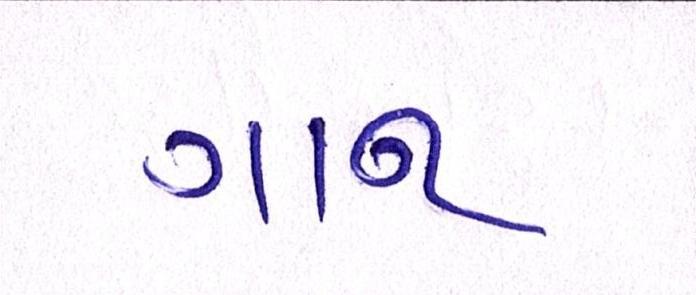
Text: ગાન